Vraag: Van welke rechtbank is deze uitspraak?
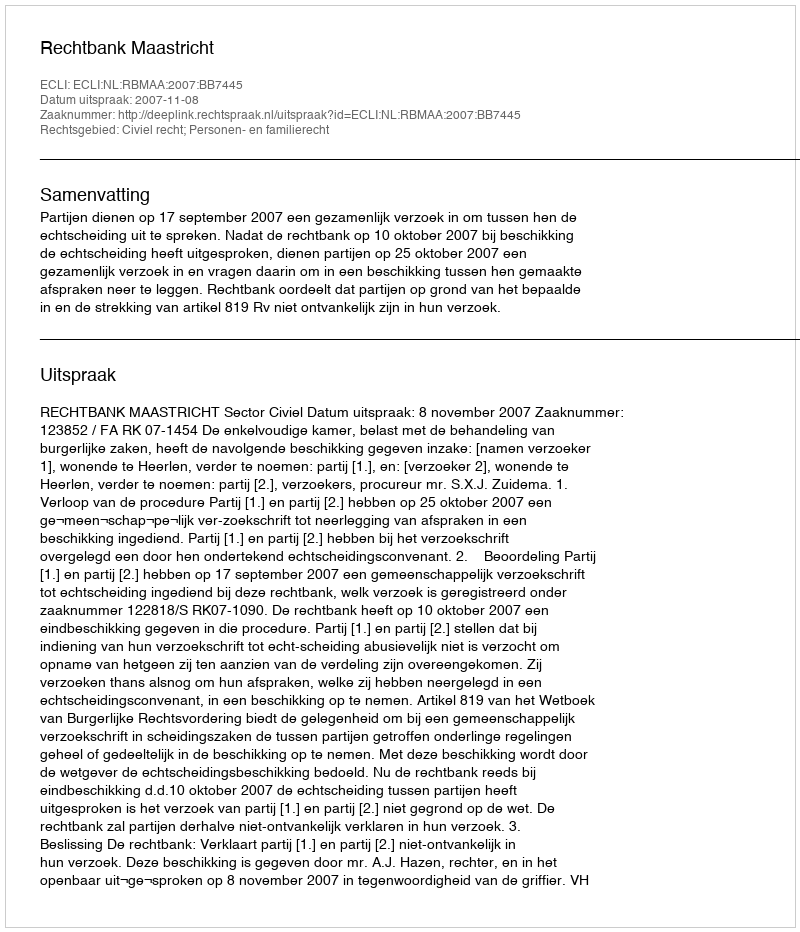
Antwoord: Rechtbank Maastricht